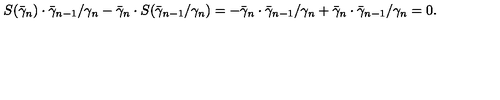
S ( \bar { \gamma } _ { n } ) \cdot \bar { \gamma } _ { n - 1 } / \gamma _ { n } - \bar { \gamma } _ { n } \cdot S ( \bar { \gamma } _ { n - 1 } / \gamma _ { n } ) = - \bar { \gamma } _ { n } \cdot \bar { \gamma } _ { n - 1 } / \gamma _ { n } + \bar { \gamma } _ { n } \cdot \bar { \gamma } _ { n - 1 } / \gamma _ { n } = 0 .